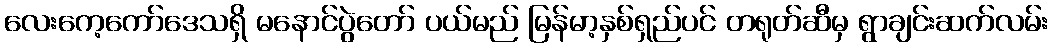
လေးကေ့ကော်ဒေသရှိ မနောင်ပွဲတော် ပယ်မည် မြန်မာ့နှစ်ရှည်ပင် တရုတ်ဆီမှ ရွာချင်းဆက်လမ်း